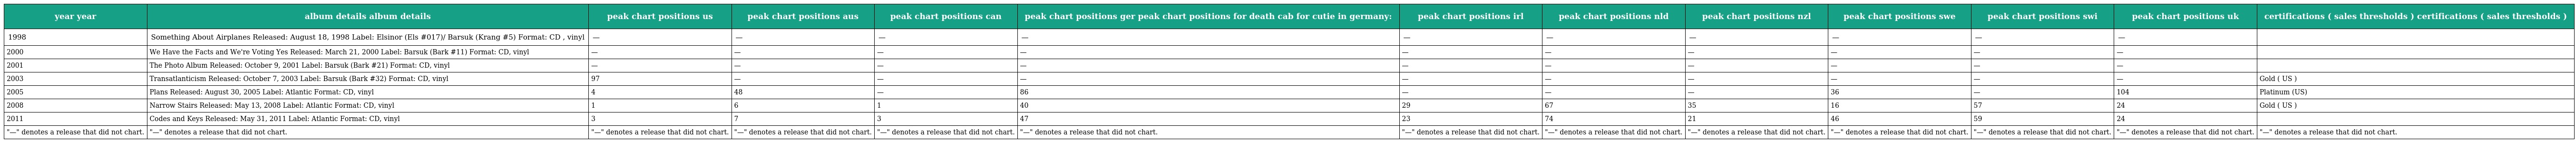
| year year | album details album details | peak chart positions us | peak chart positions aus | peak chart positions can | peak chart positions ger peak chart positions for death cab for cutie in germany: | peak chart positions irl | peak chart positions nld | peak chart positions nzl | peak chart positions swe | peak chart positions swi | peak chart positions uk | certifications ( sales thresholds ) certifications ( sales thresholds ) |
 | --- | --- | --- | --- | --- | --- | --- | --- | --- | --- | --- | --- | --- |
 | 1998 | Something About Airplanes Released: August 18, 1998 Label: Elsinor (Els #017)/ Barsuk (Krang #5) Format: CD , vinyl | — | — | — | — | — | — | — | — | — | — |  |
 | 2000 | We Have the Facts and We're Voting Yes Released: March 21, 2000 Label: Barsuk (Bark #11) Format: CD, vinyl | — | — | — | — | — | — | — | — | — | — |  |
 | 2001 | The Photo Album Released: October 9, 2001 Label: Barsuk (Bark #21) Format: CD, vinyl | — | — | — | — | — | — | — | — | — | — |  |
 | 2003 | Transatlanticism Released: October 7, 2003 Label: Barsuk (Bark #32) Format: CD, vinyl | 97 | — | — | — | — | — | — | — | — | — | Gold ( US ) |
 | 2005 | Plans Released: August 30, 2005 Label: Atlantic Format: CD, vinyl | 4 | 48 | — | 86 | — | — | — | 36 | — | 104 | Platinum (US) |
 | 2008 | Narrow Stairs Released: May 13, 2008 Label: Atlantic Format: CD, vinyl | 1 | 6 | 1 | 40 | 29 | 67 | 35 | 16 | 57 | 24 | Gold ( US ) |
 | 2011 | Codes and Keys Released: May 31, 2011 Label: Atlantic Format: CD, vinyl | 3 | 7 | 3 | 47 | 23 | 74 | 21 | 46 | 59 | 24 |  |
 | "—" denotes a release that did not chart. | "—" denotes a release that did not chart. | "—" denotes a release that did not chart. | "—" denotes a release that did not chart. | "—" denotes a release that did not chart. | "—" denotes a release that did not chart. | "—" denotes a release that did not chart. | "—" denotes a release that did not chart. | "—" denotes a release that did not chart. | "—" denotes a release that did not chart. | "—" denotes a release that did not chart. | "—" denotes a release that did not chart. | "—" denotes a release that did not chart. |